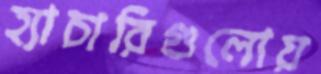
হ্যাচারিগুলোয়